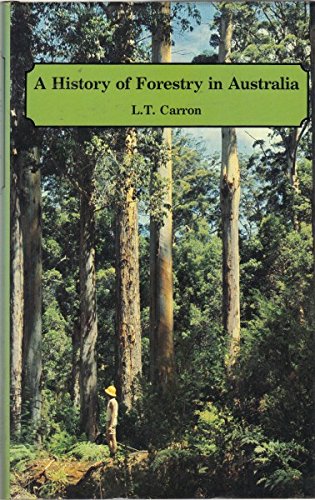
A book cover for A History of Forestry in Australia.; L.T. Carron; Sports & Outdoors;